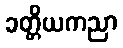
ခတ္တိယကညာ